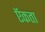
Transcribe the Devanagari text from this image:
ऍकता